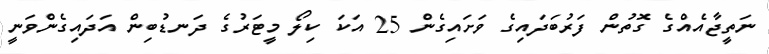
ނަތީޖާއެއްގެ ގޮތުން ފަރުބަދައިގެ ވަށައިގެން 25 އަކަ ކިލޯ މީޓަރުގެ ދަނޑުބިން އަދައިގެންވަނީ